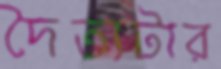
দৈত্যটার